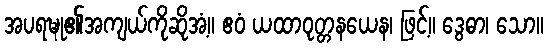
အပရဍ္ဎု၏အကျယ်ကိုဆိုအံ့။ ဧဝံ ယထာဝုတ္တနယေန၊ ဖြင့်။ ဒွေဓာ၊ သော။